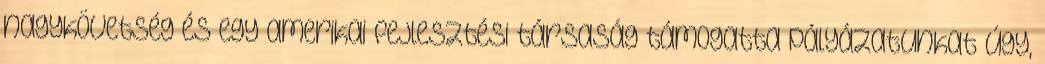
nagykövetség és egy amerikai fejlesztési társaság támogatta pályázatunkat úgy,